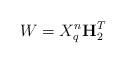
LaTeX: \begin{align*}W = X_{q}^{n}\mathbf{H}_2^T\end{align*}